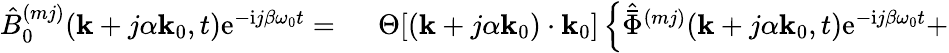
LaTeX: \begin{array}{rl}{\hat{B}_{0}^{(mj)}(\mathbf{k}+j\alpha\mathbf{k}_{0},t)\mathrm{e}^{-\mathrm{i}j\beta\omega_{0}t}=~}&{{}\Theta[(\mathbf{k}+j\alpha\mathbf{k}_{0})\cdot\mathbf{k}_{0}]\left\{ \hat{\bar{\Phi}}^{(mj)}(\mathbf{k}+j\alpha\mathbf{k}_{0},t)\mathrm{e}^{-\mathrm{i}j\beta\omega_{0}t}+\right.}\end{array}